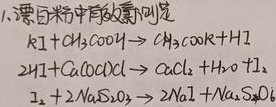
1. 漂白粉中的有效成分
\(KI + CH_3COOH \to CH_3COOK + HI\)
\(2HI + Ca(ClO)Cl \to CaCl_2 + H_2O + I_2\)
\(I_2 + 2Na_2S_2O_3 \to 2NaI + Na_2S_4O_6\)